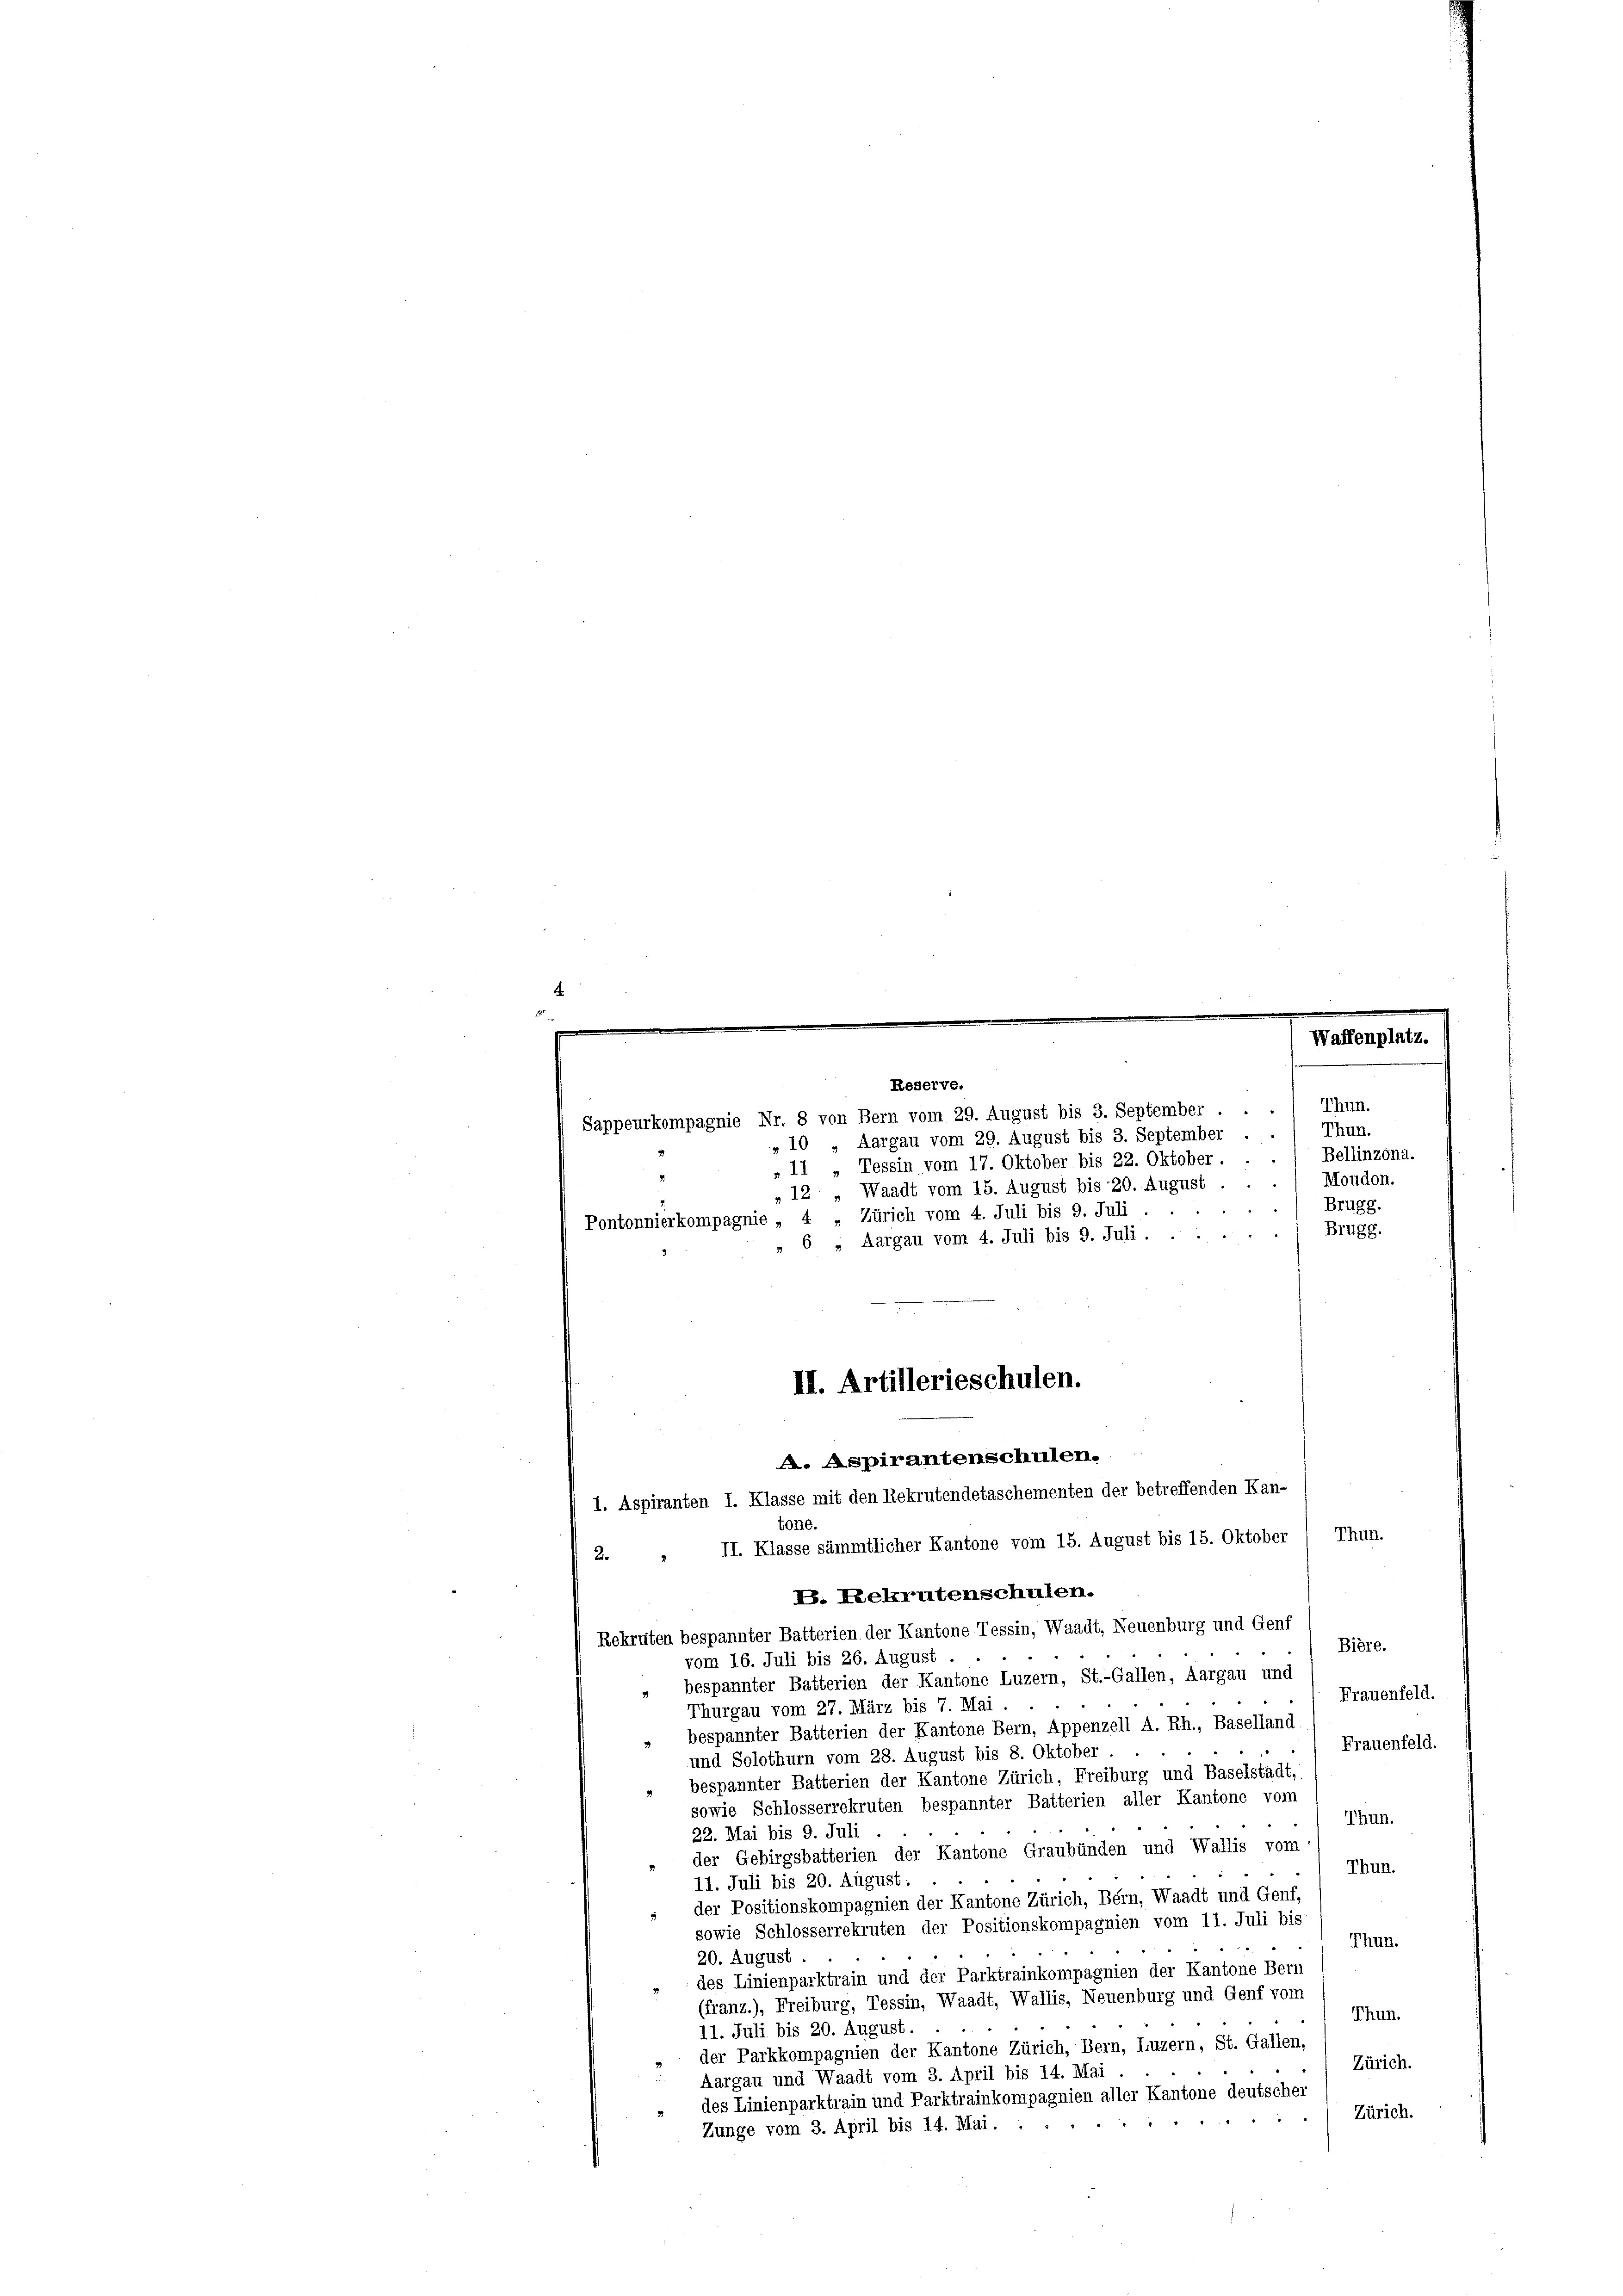
Reserve.

Thun.
Sappeurkompagnie Nr. 8 von Bern vom 29. August bis 3. September . . .
Thun.
„10 „Aargau vom 29. August bis 3. September
Bellinzona.
„11 „Tessin vom 17. Oktober bis 22. Oktober.
Moudon.
„ 12 " Waadt vom 15. August bis 20. August
Brugg.
Pontonnierkompagnie „ 4 „Zürich vom 4. Juli bis 9. Juli .
Brugg.
6 ; Aargau vom 4. Juli bis 9. Juli . .
tone.
II. Klasse sämmtlicher Kantone vom 15. August bis 15. Oktober / Thun.
2.
B. Rekrutenschulen.
Rekruten bespannter Batterien der Kantone Tessin, Waadt, Neuenburg und Genf
Bière.
vom 16. Juli bis 26. August .
bespannter Batterien der Kantone Luzern, St.-Gallen, Aargau und
Frauenfeld.
Thurgau vom 27. März bis 7. Mai
bespannter Batterien der Kantone Bern, Appenzell A. Rh., Baselland.
Frauenfeld.
und Solothurn vom 28. August bis 8. Oktober
bespannter Batterien der Kantone Zürich, Freiburg und Baselstadt,
sowie Schlosserrekruten bespannter Batterien aller Kantone vom
Thun.
22. Mai bis 9. Juli
der Gebirgsbatterien der Kantone Graubünden und Wallis vom
Thun.
11. Juli bis 20. August.
der Positionskompagnien der Kantone Zürich, Bern, Waadt und Genf,
sowie Schlosserrekruten der Positionskompagnien vom 11. Juli bis
Thun.
20. August.
des Linienparktrain und der Parktrainkompagnien der Kantone Bern
(franz.), Freiburg, Tessin, Waadt, Wallis, Neuenburg und Genf vom
Thun.
11. Juli bis 20. August.
» der Parkkompagnien der Kantone Zürich, Bern, Luzern, St. Gallen,
Zürich.
Aargau und Waadt vom 3. April bis 14. Mai
des Linienparktrain und Parktrainkompagnien aller Kantone deutscher
Zürich.
Zunge vom 3. April bis 14. Mai. ...

III. Artillerieschulen.
. Aspirantenschulen.
1. Aspiranten I. Klasse mit den Rekrutendetaschementen der betreffenden Kan-

Waffenplatz.